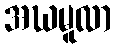
အဃမူလာ